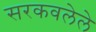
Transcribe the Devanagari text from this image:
सरकवलेले